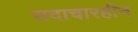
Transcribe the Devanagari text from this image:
सदाचारहीन